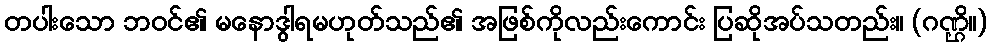
တပါးသော ဘဝင်၏ မနောဒွါရမဟုတ်သည်၏ အဖြစ်ကိုလည်းကောင်း ပြဆိုအပ်သတည်း။ (ဂဏ္ဌိ။)